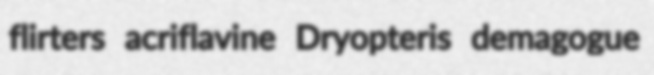
flirters acriflavine Dryopteris demagogue